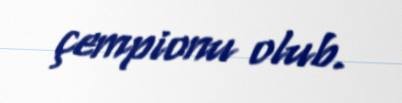
çempionu olub.